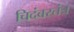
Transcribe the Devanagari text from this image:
चिदंबरतंत्र